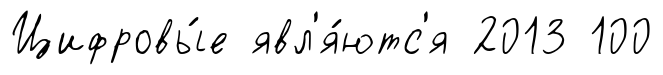
Цифровы́е явл'я́ютс'я 2013 100